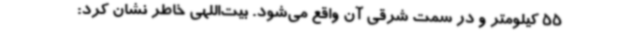
55 کیلومتر و در سمت شرقی آن واقع می‌شود. بیت‌اللهی خاطر نشان کرد: